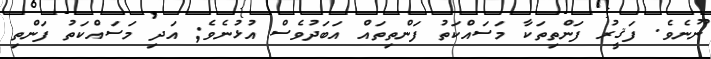
ނޫނެވެ. ފަޤީރު ފަންތިތަކާ މަސައްކަތު ފަންތިތައް އަބަދުވެސް އުޅުނެވެ; އަދި މަސައްކަތު ފަންތި